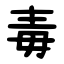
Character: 毒